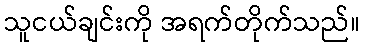
သူငယ်ချင်းကို အရက်တိုက်သည်။